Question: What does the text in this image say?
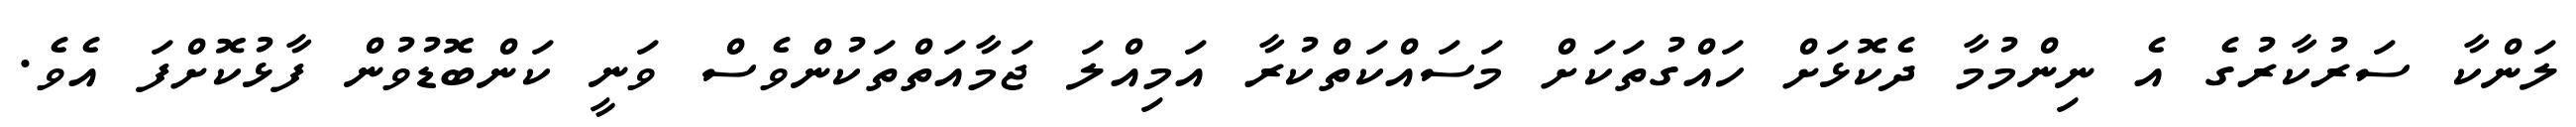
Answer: ލަންކާ ސަރުކާރުގެ އެ ނިންމުމާ ދެކޮޅަށް ހައްގުތަކަށް މަސައްކަތްކުރާ އަމިއްލަ ޖަމާއަތްތަކުންވެސް ވަނީ ކަންބޮޑުވުން ފާޅުކޮށްފަ އެވެ.